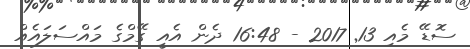
ސޮޑޭ މެއި 13